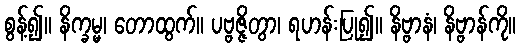
စွန့်၍။ နိက္ခမ္မ၊ တောထွက်။ ပဗ္ဗဇ္ဇိတွာ၊ ရဟန်းပြု၍။ နိဗ္ဗာနံ၊ နိဗ္ဗာန်ကို။